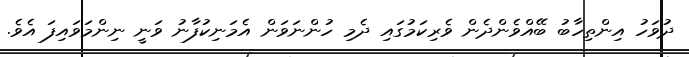
ދުވަހު އިންތިހާބު ބޭއްވެންދެން ވެރިކަމުގައި ދެމި ހުންނަވަން އެމަނިކުފާނު ވަނީ ނިންމަވައިފަ އެވެ.